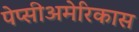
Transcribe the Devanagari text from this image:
पेप्सीअमेरिकास